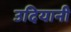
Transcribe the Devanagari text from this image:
उदियानी